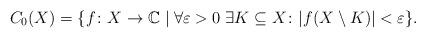
LaTeX: \begin{align*} C_0(X)=\{f \colon X \to \mathbb{C} \mid \forall \varepsilon>0\; \exists K \subseteq X \colon |f(X \setminus K)|<\varepsilon \}\text. \end{align*}